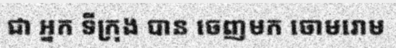
ជា អ្នក ទីក្រុង បាន ចេញមក ចោមរោម